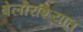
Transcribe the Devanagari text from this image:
बेलोरशियात